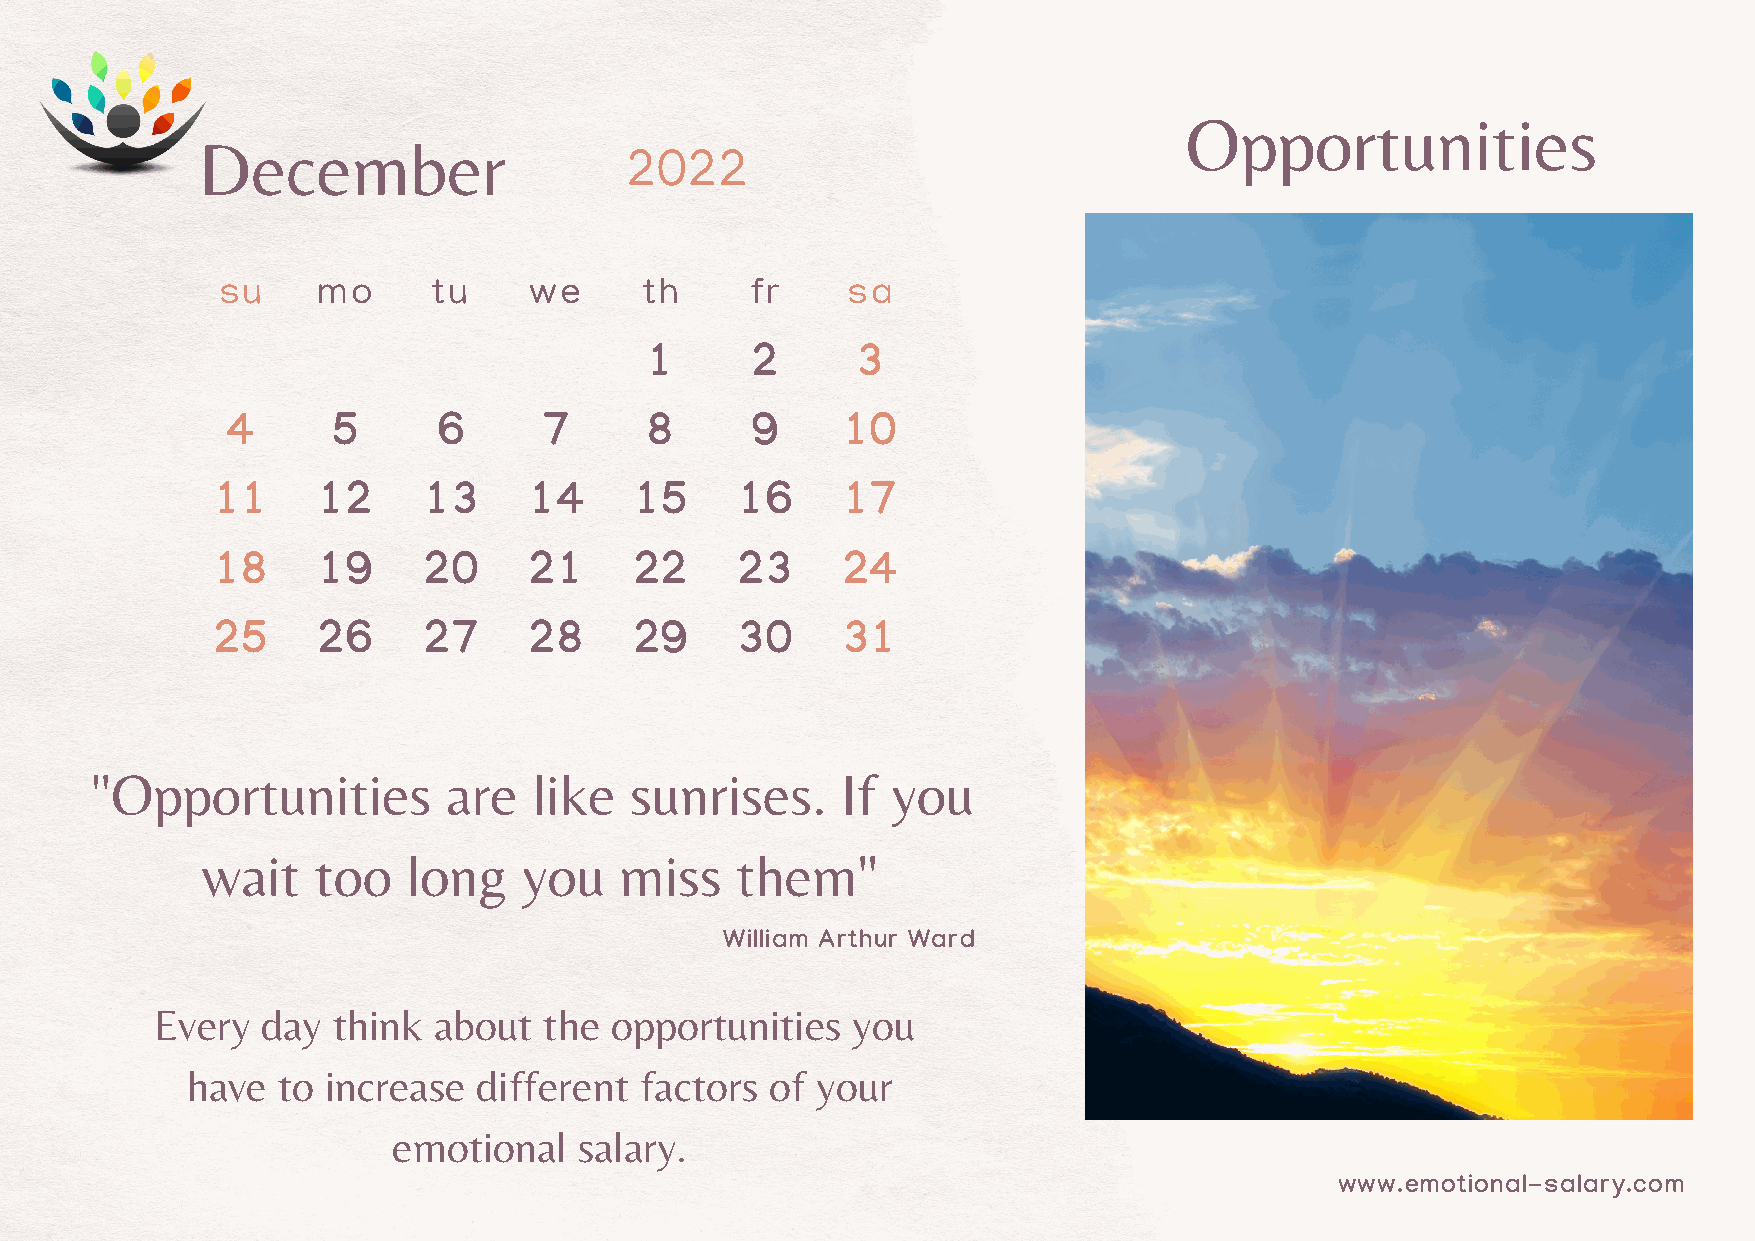
Opportunities
 December
 2022
 su     mo      tu    we     th      fr    sa
 1      2      3
 4      5      6      7      8      9     10
 11     12     13     14     15     16     17
 18     19     20     21     22     23     24
 25     26     27     28     29     30     31
 "Opportunities          are  like   sunrises.     If you
 wait    too   long    you   miss    them"
 William Arthur Ward
 Every  day  think  about  the opportunities   you
 have  to  increase  different factors  of your
 emotional   salary.
 www.emotional-salary.com